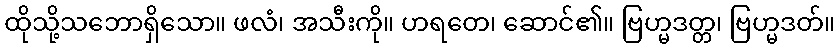
ထိုသို့သဘောရှိသော။ ဖလံ၊ အသီးကို။ ဟရတေ၊ ဆောင်၏။ ဗြဟ္မဒတ္တ၊ ဗြဟ္မဒတ်။